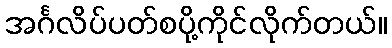
အင်္ဂလိပ်ပတ်စပို့ကိုင်လိုက်တယ်။